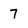
Character: 7